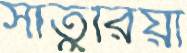
সাতুরিয়া